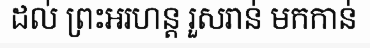
ដល់ ព្រះអរហន្ត រួសរាន់ មកកាន់